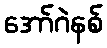
အော်ဂဲနစ်